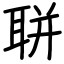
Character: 聠